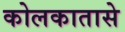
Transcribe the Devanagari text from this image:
कोलकातासे